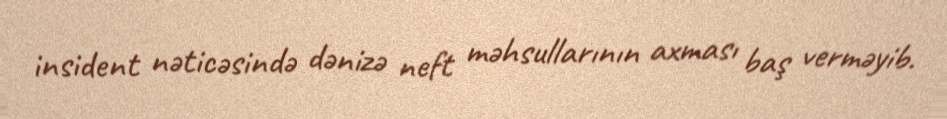
insident nəticəsində dənizə neft məhsullarının axması baş verməyib.